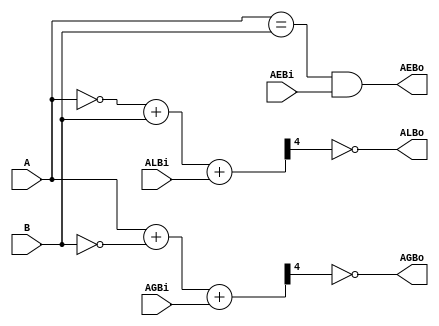
/*
    Modulo responsvel por comparar dois nmeros A e B e colocar em suas saidas a relao de
    igualdade e desigualdade.
*/

module comparador_85 #(parameter N = 4)(
                input [N-1:0] A, 
                input [N-1:0] B,
                input       ALBi, 
                input       AGBi, 
                input       AEBi,  
                output      ALBo, 
                output      AGBo, 
                output      AEBo
                );

    wire[N:0]  CSL, CSG;

    assign CSL  = ~A + B + ALBi;
    assign ALBo = ~CSL[N];
    assign CSG  = A + ~B + AGBi;
    assign AGBo = ~CSG[N];
    assign AEBo = ((A == B) && AEBi);

endmodule